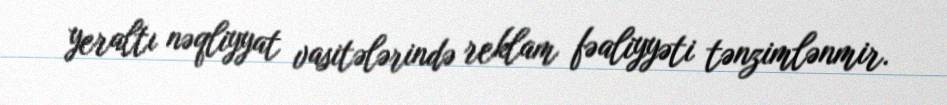
yeraltı nəqliyyat vasitələrində reklam fəaliyyəti tənzimlənmir.